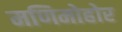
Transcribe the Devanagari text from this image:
मणिमोहोर